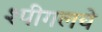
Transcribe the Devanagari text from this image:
श्पीगलचे